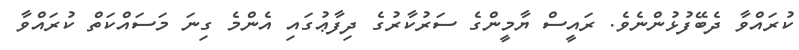
ކުރައްވާ ދެބޭފުޅުންނެވެ. ރައީސް ޔާމީންގެ ސަރުކާރުގެ ދިފާޢުގައި އެންމެ ގިނަ މަސައްކަތް ކުރައްވާ